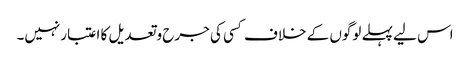
اس لیے پہلے لوگوں کے خلاف کسی کی جرح وتعدیل کا اعتبارنہیں۔